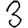
Digit: 3